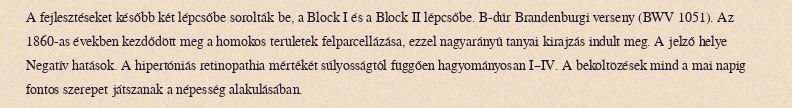
A fejlesztéseket később két lépcsőbe sorolták be, a Block I és a Block II lépcsőbe. B-dúr Brandenburgi verseny (BWV 1051). Az 1860-as években kezdődött meg a homokos területek felparcellázása, ezzel nagyarányú tanyai kirajzás indult meg. A jelző helye Negatív hatások. A hipertóniás retinopathia mértékét súlyosságtól függően hagyományosan I–IV. A beköltözések mind a mai napig fontos szerepet játszanak a népesség alakulásában.